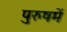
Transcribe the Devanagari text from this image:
पुरुषमें